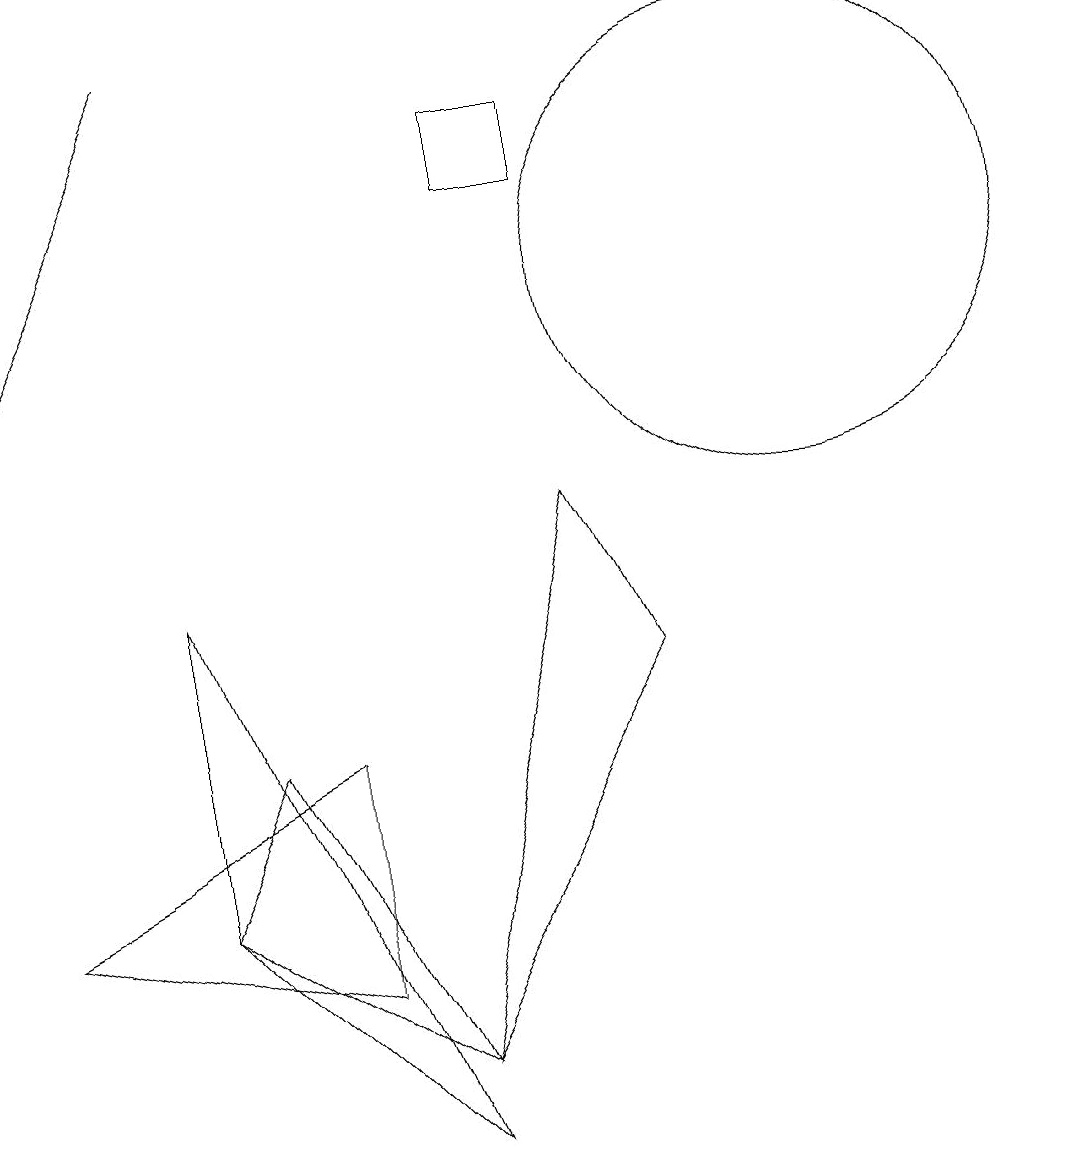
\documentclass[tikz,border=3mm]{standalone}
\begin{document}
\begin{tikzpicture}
\draw (7,12) rectangle (6,13);
\draw (4,5) -- (0,3) -- (4,2) -- cycle;
\draw (5,1) -- (3,5) -- (2,3) -- cycle;
\draw[->] (2,14) -- (0,10);
\draw (10,11) circle (3);
\draw (5,0) -- (2,7) -- (2,3) -- cycle;
\draw (5,1) -- (8,6) -- (7,8) -- cycle;
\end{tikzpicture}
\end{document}